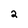
Character: 2